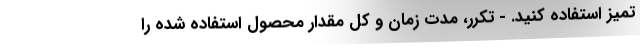
تمیز استفاده کنید. - تکرر، مدت زمان و کل مقدار محصول استفاده شده را